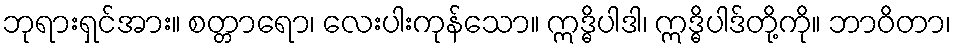
ဘုရားရှင်အား။ စတ္တာရော၊ လေးပါးကုန်သော။ ဣဒ္ဓိပါဒါ၊ ဣဒ္ဓိပါဒ်တို့ကို။ ဘာဝိတာ၊